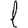
Digit: 1